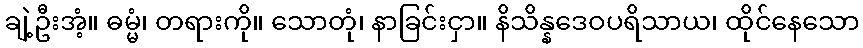
ချဲ့ဦးအံ့။ ဓမ္မံ၊ တရားကို။ သောတုံ၊ နာခြင်းငှာ။ နိသိန္နဒေဝပရိသာယ၊ ထိုင်နေသော